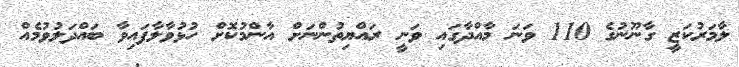
ލާމަރުކަޒީ ގާނޫނުގެ 110 ވަނަ މާއްދާގައި ވަނީ ރައްޔިތުންނަށް އާންމުކޮށް ހުޅުވާލާފައިވާ ބައްދަލުވުމެއް